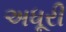
અધૂરી